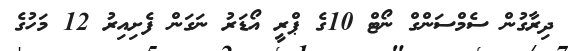
ދިރާގުން ސެމްސަންގް ނޯޓް 10ގެ ޕްރީ އޯޑަރު ނަގަން ފެށިއިރު 12 މަހުގެ